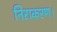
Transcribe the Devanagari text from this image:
निराकरण।